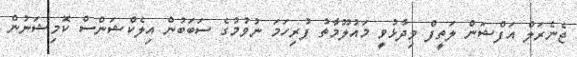
ޖެނެރަލް އަފްޝަން ލަތީފް ވިދާޅުވީ މައުލޫމާތު ފުރިހަމަ ނުވުމުގެ ސަބަބުން އިލެކްޝަންސް ކޮމިޝަނުން